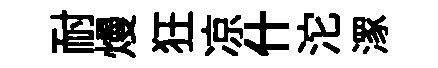
耐熳狂凉什沱潈